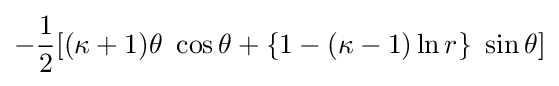
-{\frac {1}{2}}[(\kappa +1)\theta ~\cos \theta +\{1-(\kappa -1)\ln r\}~\sin \theta ]